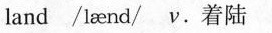
land /lεend/ν.着陆